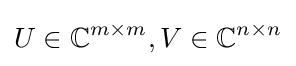
U\in \mathbb {C} ^{m\times m},V\in \mathbb {C} ^{n\times n}